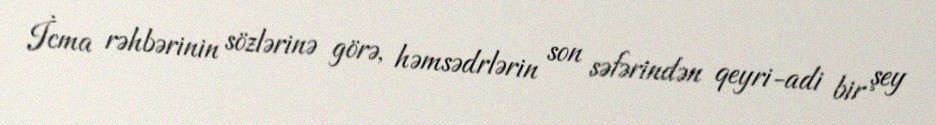
İcma rəhbərinin sözlərinə görə, həmsədrlərin son səfərindən qeyri-adi bir şey